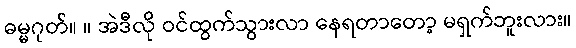
ဓမ္မဂုတ်။ ။ အဲဒီလို ဝင်ထွက်သွားလာ နေရတာတော့ မရှက်ဘူးလား။